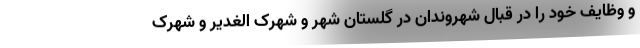
و وظایف خود را در قبال شهروندان در گلستان شهر و شهرک الغدیر و شهرک